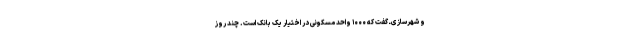
و شهرسازی ـ گفت که ۱۰۰۰ واحد مسکونی در اختیار یک بانک است. چند روز